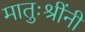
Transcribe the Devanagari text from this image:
मातुःश्रींनी